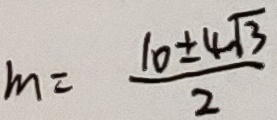
m = \frac { 1 0 \pm 4 \sqrt { 3 } } { 2 }